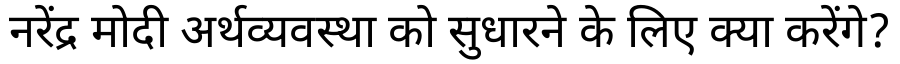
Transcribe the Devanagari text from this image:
नरेंद्र मोदी अर्थव्यवस्था को सुधारने के लिए क्या करेंगे?